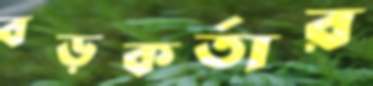
বড়কর্তার